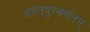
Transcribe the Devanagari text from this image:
अनंतपुरवर्णनम्